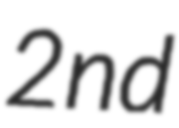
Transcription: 2nd